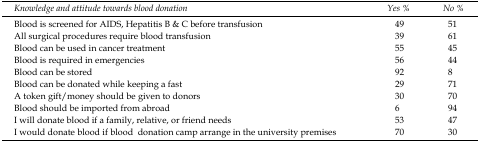
<table><thead><tr><td><b><i>Knowledge and attitude towards blood donation</i></b></td><td><b><i>Yes</i><i>%</i></b></td><td><b><i>No</i><i>%</i></b></td></tr></thead><tbody><tr><td>Blood is screened for AIDS, Hepatitis B &amp; C before transfusion</td><td>49</td><td>51</td></tr><tr><td>All surgical procedures require blood transfusion</td><td>39</td><td>61</td></tr><tr><td>Blood can be used in cancer treatment</td><td>55</td><td>45</td></tr><tr><td>Blood is required in emergencies</td><td>56</td><td>44</td></tr><tr><td>Blood can be stored </td><td>92</td><td>8</td></tr><tr><td>Blood can be donated while keeping a fast</td><td>29</td><td>71</td></tr><tr><td>A token gift/money should be given to donors</td><td>30</td><td>70</td></tr><tr><td>Blood should be imported from abroad</td><td>6</td><td>94</td></tr><tr><td>I will donate blood if a family, relative, or friend needs</td><td>53</td><td>47</td></tr><tr><td>I would donate blood if blood donation camp arrange in the university premises </td><td>70</td><td>30</td></tr></tbody></table>